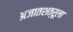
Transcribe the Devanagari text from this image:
अजातशत्रूला